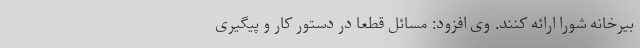
بیرخانه شورا ارائه کنند. وی افزود: مسائل قطعا در دستور کار و پیگیری